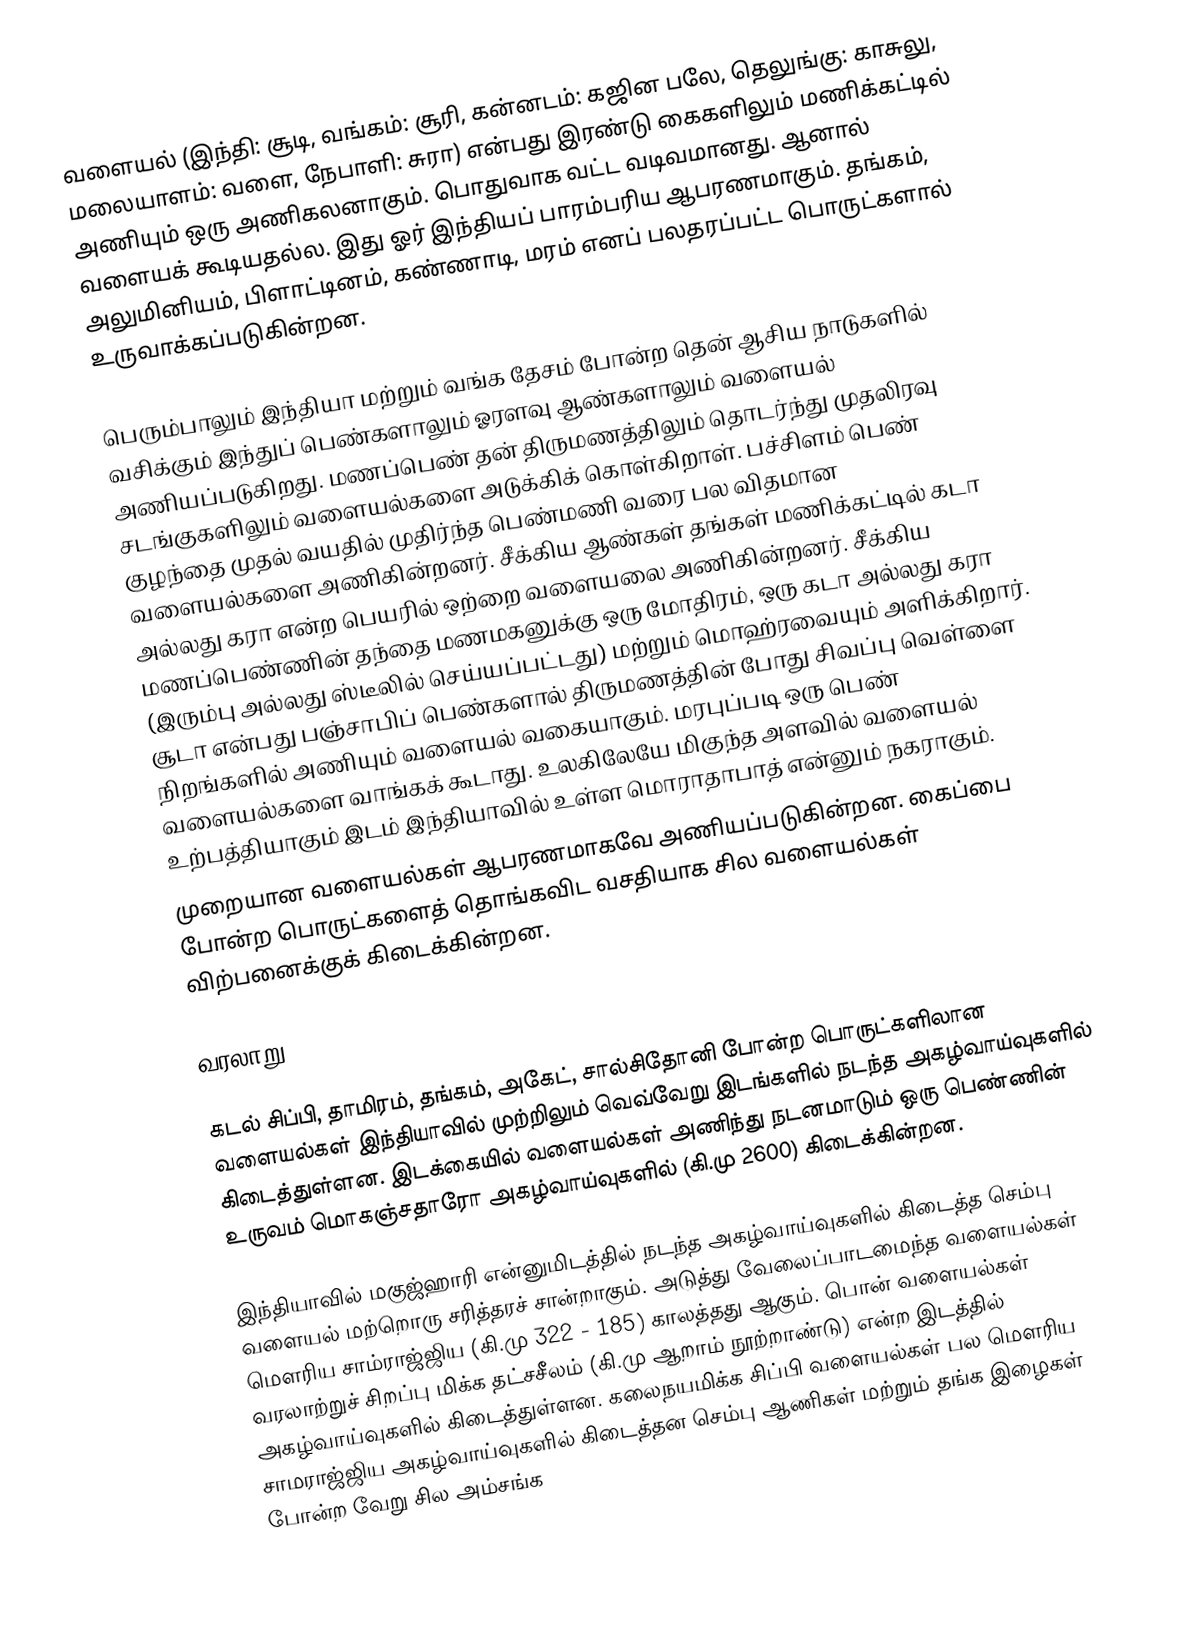
வளையல் (இந்தி: சூடி, வங்கம்: சூரி, கன்னடம்:  கஜின பலே, தெலுங்கு: காசுலு, மலையாளம்: வளை, நேபாளி: சுரா) என்பது இரண்டு கைகளிலும் மணிக்கட்டில் அணியும் ஒரு அணிகலனாகும்.   பொதுவாக வட்ட வடிவமானது. ஆனால் வளையக் கூடியதல்ல. இது ஓர் இந்தியப் பாரம்பரிய ஆபரணமாகும். தங்கம், அலுமினியம், பிளாட்டினம், கண்ணாடி, மரம் எனப் பலதரப்பட்ட பொருட்களால் உருவாக்கப்படுகின்றன.

பெரும்பாலும் இந்தியா மற்றும் வங்க தேசம் போன்ற தென் ஆசிய நாடுகளில் வசிக்கும் இந்துப் பெண்களாலும் ஓரளவு ஆண்களாலும் வளையல் அணியப்படுகிறது. மணப்பெண் தன் திருமணத்திலும் தொடர்ந்து முதலிரவு சடங்குகளிலும் வளையல்களை அடுக்கிக் கொள்கிறாள். பச்சிளம் பெண் குழந்தை முதல் வயதில் முதிர்ந்த பெண்மணி வரை பல விதமான வளையல்களை அணிகின்றனர். சீக்கிய ஆண்கள் தங்கள் மணிக்கட்டில் கடா அல்லது கரா என்ற பெயரில் ஒற்றை வளையலை அணிகின்றனர். சீக்கிய மணப்பெண்ணின் தந்தை மணமகனுக்கு ஒரு மோதிரம், ஒரு கடா அல்லது கரா (இரும்பு அல்லது ஸ்டீலில் செய்யப்பட்டது) மற்றும் மொஹ்ரவையும் அளிக்கிறார். சூடா என்பது பஞ்சாபிப் பெண்களால் திருமணத்தின் போது சிவப்பு வெள்ளை நிறங்களில் அணியும் வளையல் வகையாகும். மரபுப்படி ஒரு பெண் வளையல்களை வாங்கக் கூடாது. உலகிலேயே மிகுந்த அளவில் வளையல் உற்பத்தியாகும் இடம் இந்தியாவில் உள்ள மொராதாபாத் என்னும் நகராகும்.
முறையான வளையல்கள் ஆபரணமாகவே அணியப்படுகின்றன. கைப்பை போன்ற பொருட்களைத் தொங்கவிட வசதியாக சில வளையல்கள் விற்பனைக்குக் கிடைக்கின்றன.

வரலாறு

கடல் சிப்பி, தாமிரம், தங்கம், அகேட், சால்சிதோனி போன்ற பொருட்களிலான வளையல்கள் இந்தியாவில் முற்றிலும் வெவ்வேறு இடங்களில் நடந்த அகழ்வாய்வுகளில் கிடைத்துள்ளன. இடக்கையில் வளையல்கள் அணிந்து நடனமாடும்  ஒரு பெண்ணின் உருவம் மொகஞ்சதாரோ அகழ்வாய்வுகளில் (கி.மு 2600) கிடைக்கின்றன.

இந்தியாவில் மகுஜ்ஹாரி என்னுமிடத்தில் நடந்த அகழ்வாய்வுகளில் கிடைத்த செம்பு வளையல் மற்றொரு சரித்தரச் சான்றாகும். அடுத்து வேலைப்பாடமைந்த வளையல்கள் மௌரிய சாம்ராஜ்ஜிய (கி.மு 322 - 185) காலத்தது ஆகும். பொன் வளையல்கள் வரலாற்றுச் சிறப்பு மிக்க தட்சசீலம்  (கி.மு ஆறாம் நூற்றாண்டு) என்ற இடத்தில் அகழ்வாய்வுகளில் கிடைத்துள்ளன. கலைநயமிக்க சிப்பி வளையல்கள் பல மௌரிய சாமராஜ்ஜிய அகழ்வாய்வுகளில் கிடைத்தன செம்பு ஆணிகள் மற்றும் தங்க இழைகள் போன்ற வேறு சில அம்சங்க